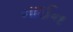
નાઈન